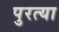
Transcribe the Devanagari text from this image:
पुरत्या